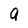
Character: a